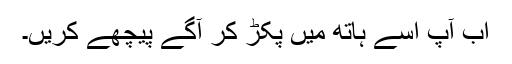
اب آپ اسے ہاتھ میں پکڑ کر آگے پیچھے کریں۔